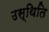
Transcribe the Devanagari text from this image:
उस्थिति